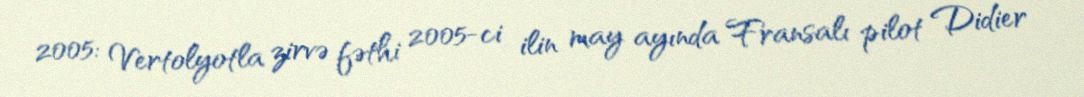
2005: Vertolyotla zirvə fəthi 2005-ci ilin may ayında Fransalı pilot Didier